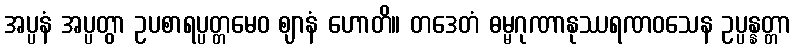
အပ္ပနံ အပ္ပတွာ ဥပစာရပ္ပတ္တမေဝ ဈာနံ ဟောတိ။ တဒေတံ ဓမ္မဂုဏာနုဿရဏဝသေန ဥပ္ပန္နတ္တာ